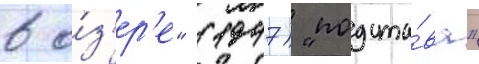
в о́з'ер'е" (1947) "подста́ва"